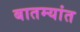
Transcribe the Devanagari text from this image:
बातम्‍यांत